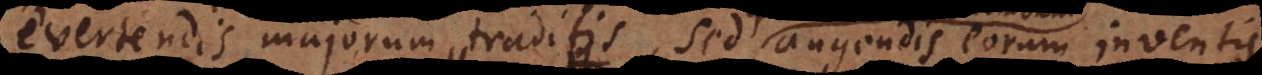
evertendis majorum traditis, sed augendis eorum inventis